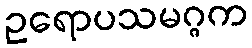
ဥရောပသမဂ္ဂက